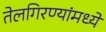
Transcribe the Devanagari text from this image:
तेलगिरण्यांमध्ये